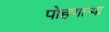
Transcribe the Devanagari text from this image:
पोहणार्‍या